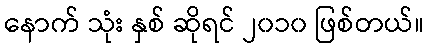
နောက် သုံး နှစ် ဆိုရင် ၂၀၁၀ ဖြစ်တယ်။